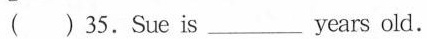
( ) 35.Sue is ___ years old.